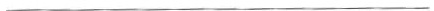
___